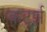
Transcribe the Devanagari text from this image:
कर्ट्झ